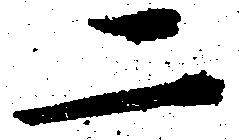
二